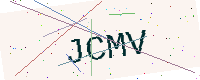
Text: JCMV